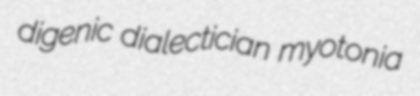
digenic dialectician myotonia